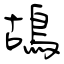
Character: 鴣